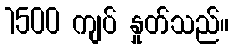
1500 ကျပ် နှုတ်သည်။